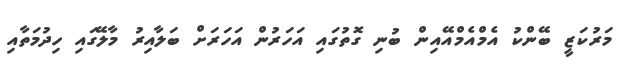
މަރުކަޒީ ބޭންކު އެމްއެމްއޭއިން ބުނި ގޮތުގައި އަހަރުން އަހަރަށް ބަލާއިރު މާލޭގައި ހިދުމަތާއި